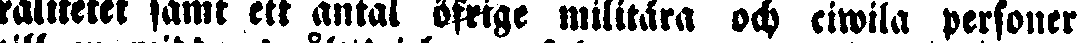
ralitetet samt ett antal öfrige militära och ciwila personer